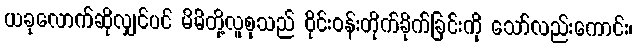
ယခုလောက်ဆိုလျှင်ပင် မိမိတို့လူစုသည် ဝိုင်းဝန်းတိုက်ခိုက်ခြင်းကို သော်လည်းကောင်း၊